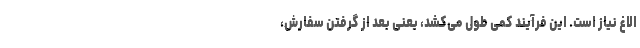
الاغ نیاز است. این فرآیند کمی طول می‌کشد، یعنی بعد از گرفتن سفارش،